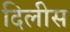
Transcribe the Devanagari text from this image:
दिलीस